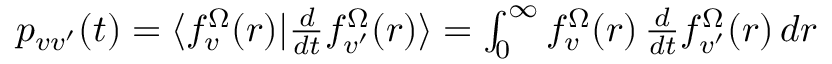
\begin{array} { r } { p _ { v v ^ { \prime } } ( t ) = \langle f _ { v } ^ { \Omega } ( r ) | \frac { d } { d t } f _ { v ^ { \prime } } ^ { \Omega } ( r ) \rangle = \int _ { 0 } ^ { \infty } f _ { v } ^ { \Omega } ( r ) \, \frac { d } { d t } f _ { v ^ { \prime } } ^ { \Omega } ( r ) \, d r } \end{array}